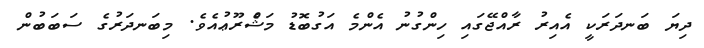
ދިޔަ ބަނދަރަކީ އެއިރު ރާއްޖޭގައި ހިންގުނު އެންމެ އަގުބޮޑު މަޝްެރޫޢުއެވެ. މިބަނދަރުގެ ސަބަބުން